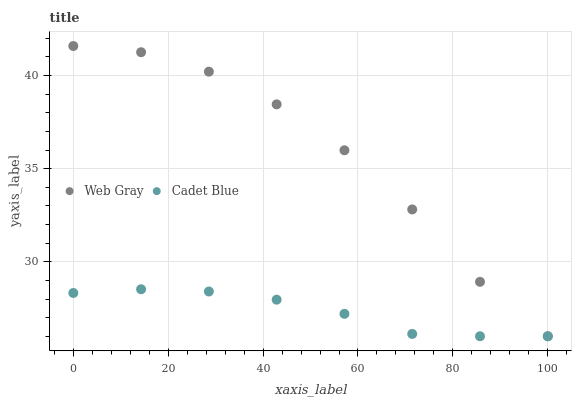
| xaxis_label | Web Gray | Cadet Blue |
 | --- | --- | --- |
 | 0 | 41.6 | 28.3 |
 | 14.3 | 41.3 | 28.5 |
 | 28.6 | 40.2 | 28.4 |
 | 42.9 | 38.5 | 28 |
 | 57.1 | 36 | 27.2 |
 | 71.4 | 32.8 | 26.1 |
 | 85.7 | 28.9 | 26 |
 | 100 | 26 | 26 |